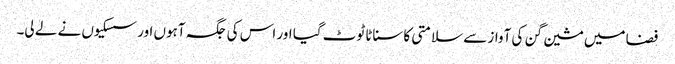
فضا میں مشین گن کی آواز سے سلامتی کا سناٹا ٹوٹ گیا اور اس کی جگہ آہوں اور سسکیوں نے لے لی۔